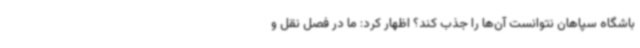
باشگاه سپاهان نتوانست آن‌ها را جذب کند؟ اظهار کرد: ما در فصل نقل و